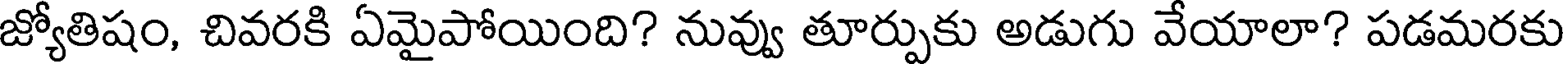
జ్యోతిషం, చివరకి ఏమైపోయింది? నువ్వు తూర్పుకు అడుగు వేయాలా? పడమరకు